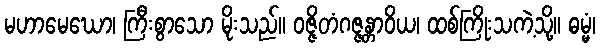
မဟာမေဃော၊ ကြီးစွာသော မိုးသည်။ ဝဇ္ဇိတံဂဇ္ဇန္တာဝိယ၊ ထစ်ကြိုးသကဲ့သို့။ ဓမ္မံ၊